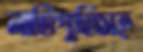
নাতিপুতিসহ